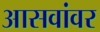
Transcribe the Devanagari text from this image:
आसवांवर